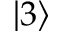
\left\lvert 3 \right\rangle